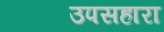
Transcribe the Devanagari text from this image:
उपसहारा